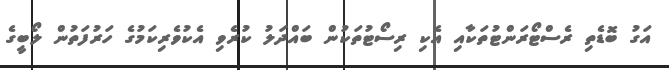
އަގު ބޮޑެތި ރެސްޓޯރަންޓުތަކާއި އެކި ރިސޯޓުތަކުން ބައްދަލު ކުރެވި އެކުވެރިކަމުގެ ހަރުފަތުން ލޯބީގެ